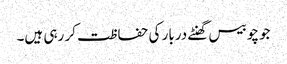
جو چوبیس گھنٹے دربار کی حفاظت کر رہی ہیں۔